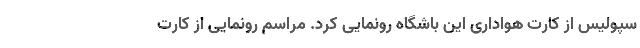
سپولیس از کارت هواداری این باشگاه رونمایی کرد. مراسم رونمایی از کارت